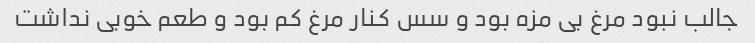
جالب نبود مرغ بی مزه بود و سس کنار مرغ کم بود و طعم خوبی نداشت